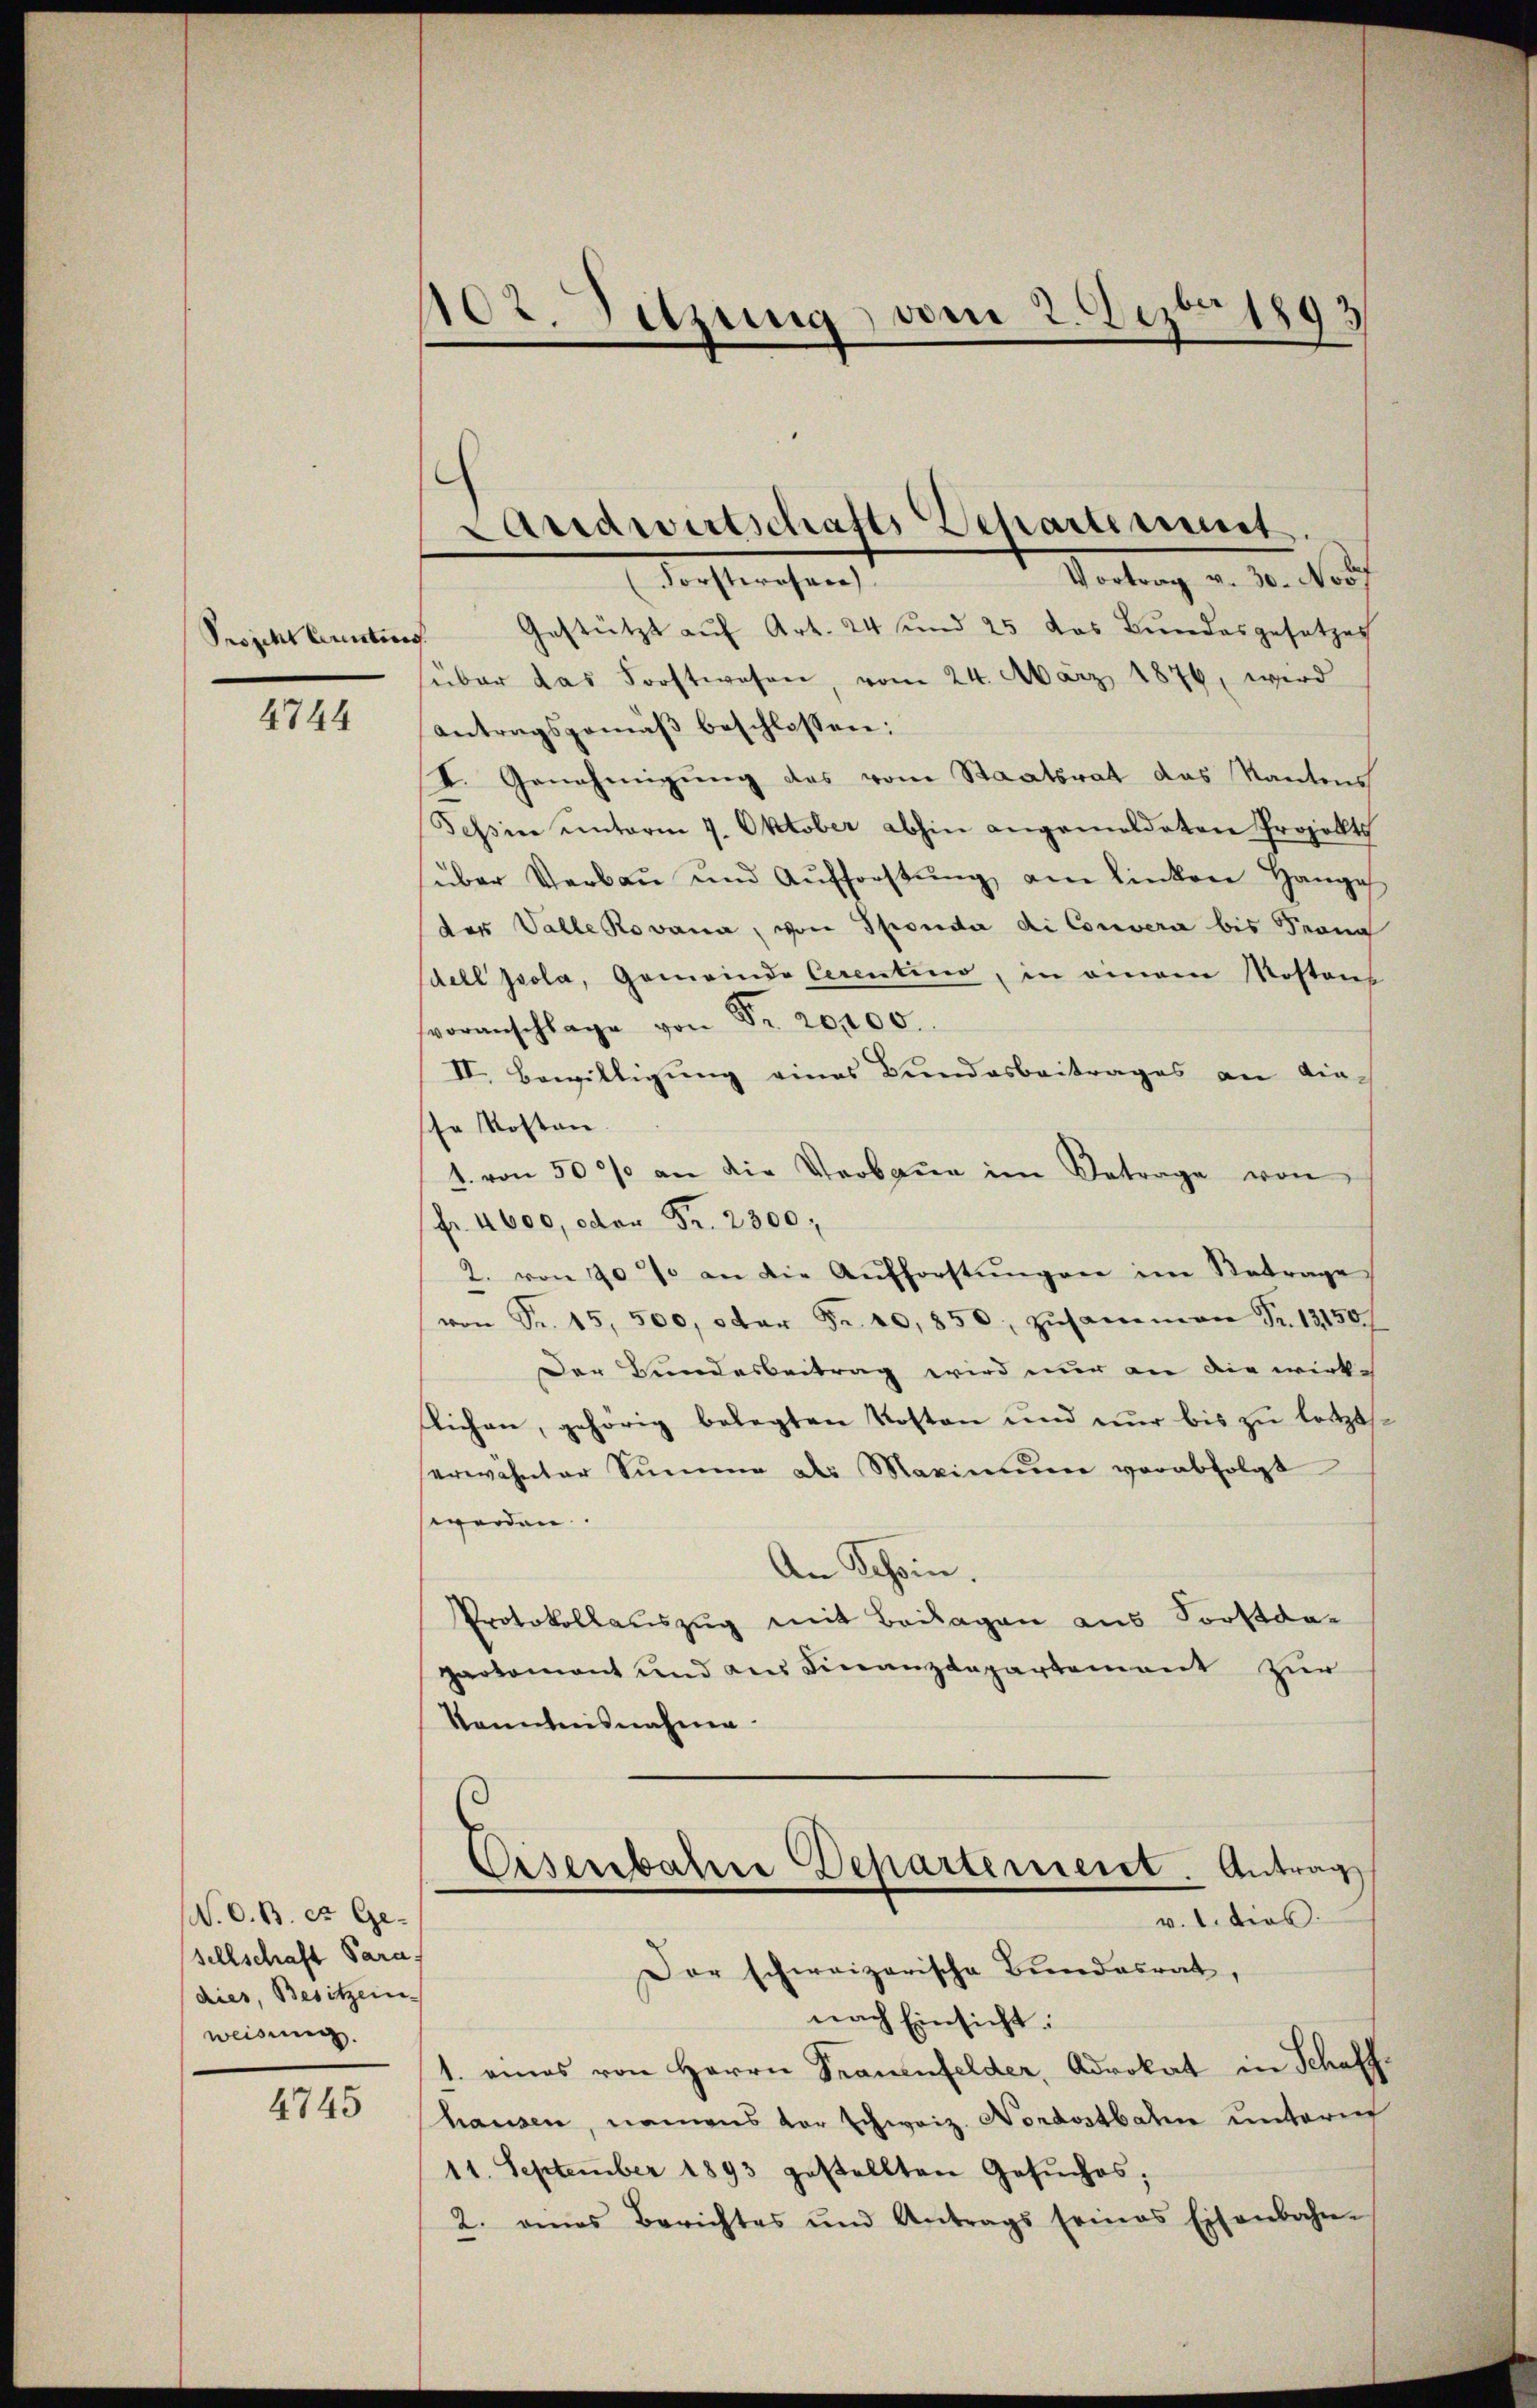
Projekt brenten

4744

(N. O. B. et. Gesellschaft Para-
dies, Besitzerne-
weisung.

4745

102. Sitzung, am 2. Dezbr 1893

Landwirtschafts-Departement.
Vertrag v. M. auf
Forstwesen

Gestützt auf Art. 24 und 25 das Bundesgesetzes
über das Forstwesen, vom 24. März 1876, wird
antragsgemäß beschlossen:
I. Genehmigung des vom Staatsrat das Kantons
Tessin ŭnterm 9. Oktober abhin angemeldeten Projekts
über Verbaŭ und Aŭfforstŭng am linken Hange
des Valle Rovana, von Sponda di Converi bis Franz
dell pola, Gemeinde Cerentino, in einem Kostens
voranschlage von Nr. 20,100.
II. Bewilligung eines Bundesbeitrages an die-
sche Kosten.
1. von 50 % an die Verbaue im Betrage von
Fr. 4600, oder Fr. 2300;
2. von 20% an die Aufforstŭngen im Betrage
von Fr. 15, 500, oder Fr. 20,850, zusammen Fr. 131507
Der Bundesbeitrag wird nur an die wirke
lichen, gehörig belegten Kosten und nŭr bis zŭ letzt.
erwähnter Summe des Maximŭm verabfolgt
werden.
An Schein.
Protokollauszug mit Beilagen aus Sorstdapartement und aus Finanzdepartement zur
Kenntnisnahme
Eisenbahre Departement. Antrag
v. 1. dies
Der schweizerische Bundesrat,
nach Einsicht:
1. eines von Herrn Frauenfelder, Advokat in Schaff-
hausen, namens vor schweiz. Nordostbahn unterm
11. September 1893 gestellten Gesŭches;
2. eines Berichtes und Antrags seines Eisenbahn-